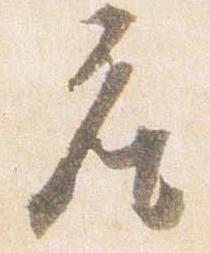
座